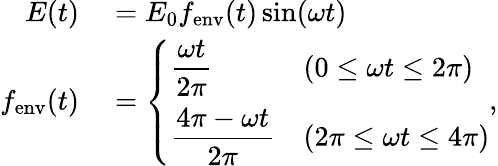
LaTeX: \begin{array}{rl}{E(t)}&{{}=E_{0}f_{\mathrm{env}}(t)\sin(\omega t)}\\ {f_{\mathrm{env}}(t)}&{{}=\left\{ \begin{array}{ll}{\displaystyle\frac{\omega t}{2\pi}}&{(0\leq\omega t\leq 2\pi)}\\ {\displaystyle\frac{4\pi-\omega t}{2\pi}}&{(2\pi\leq\omega t\leq 4\pi)}\end{array}\right.,}\end{array}